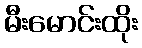
မီးမောင်းထိုး